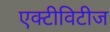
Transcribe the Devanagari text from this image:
एक्टीविटीज